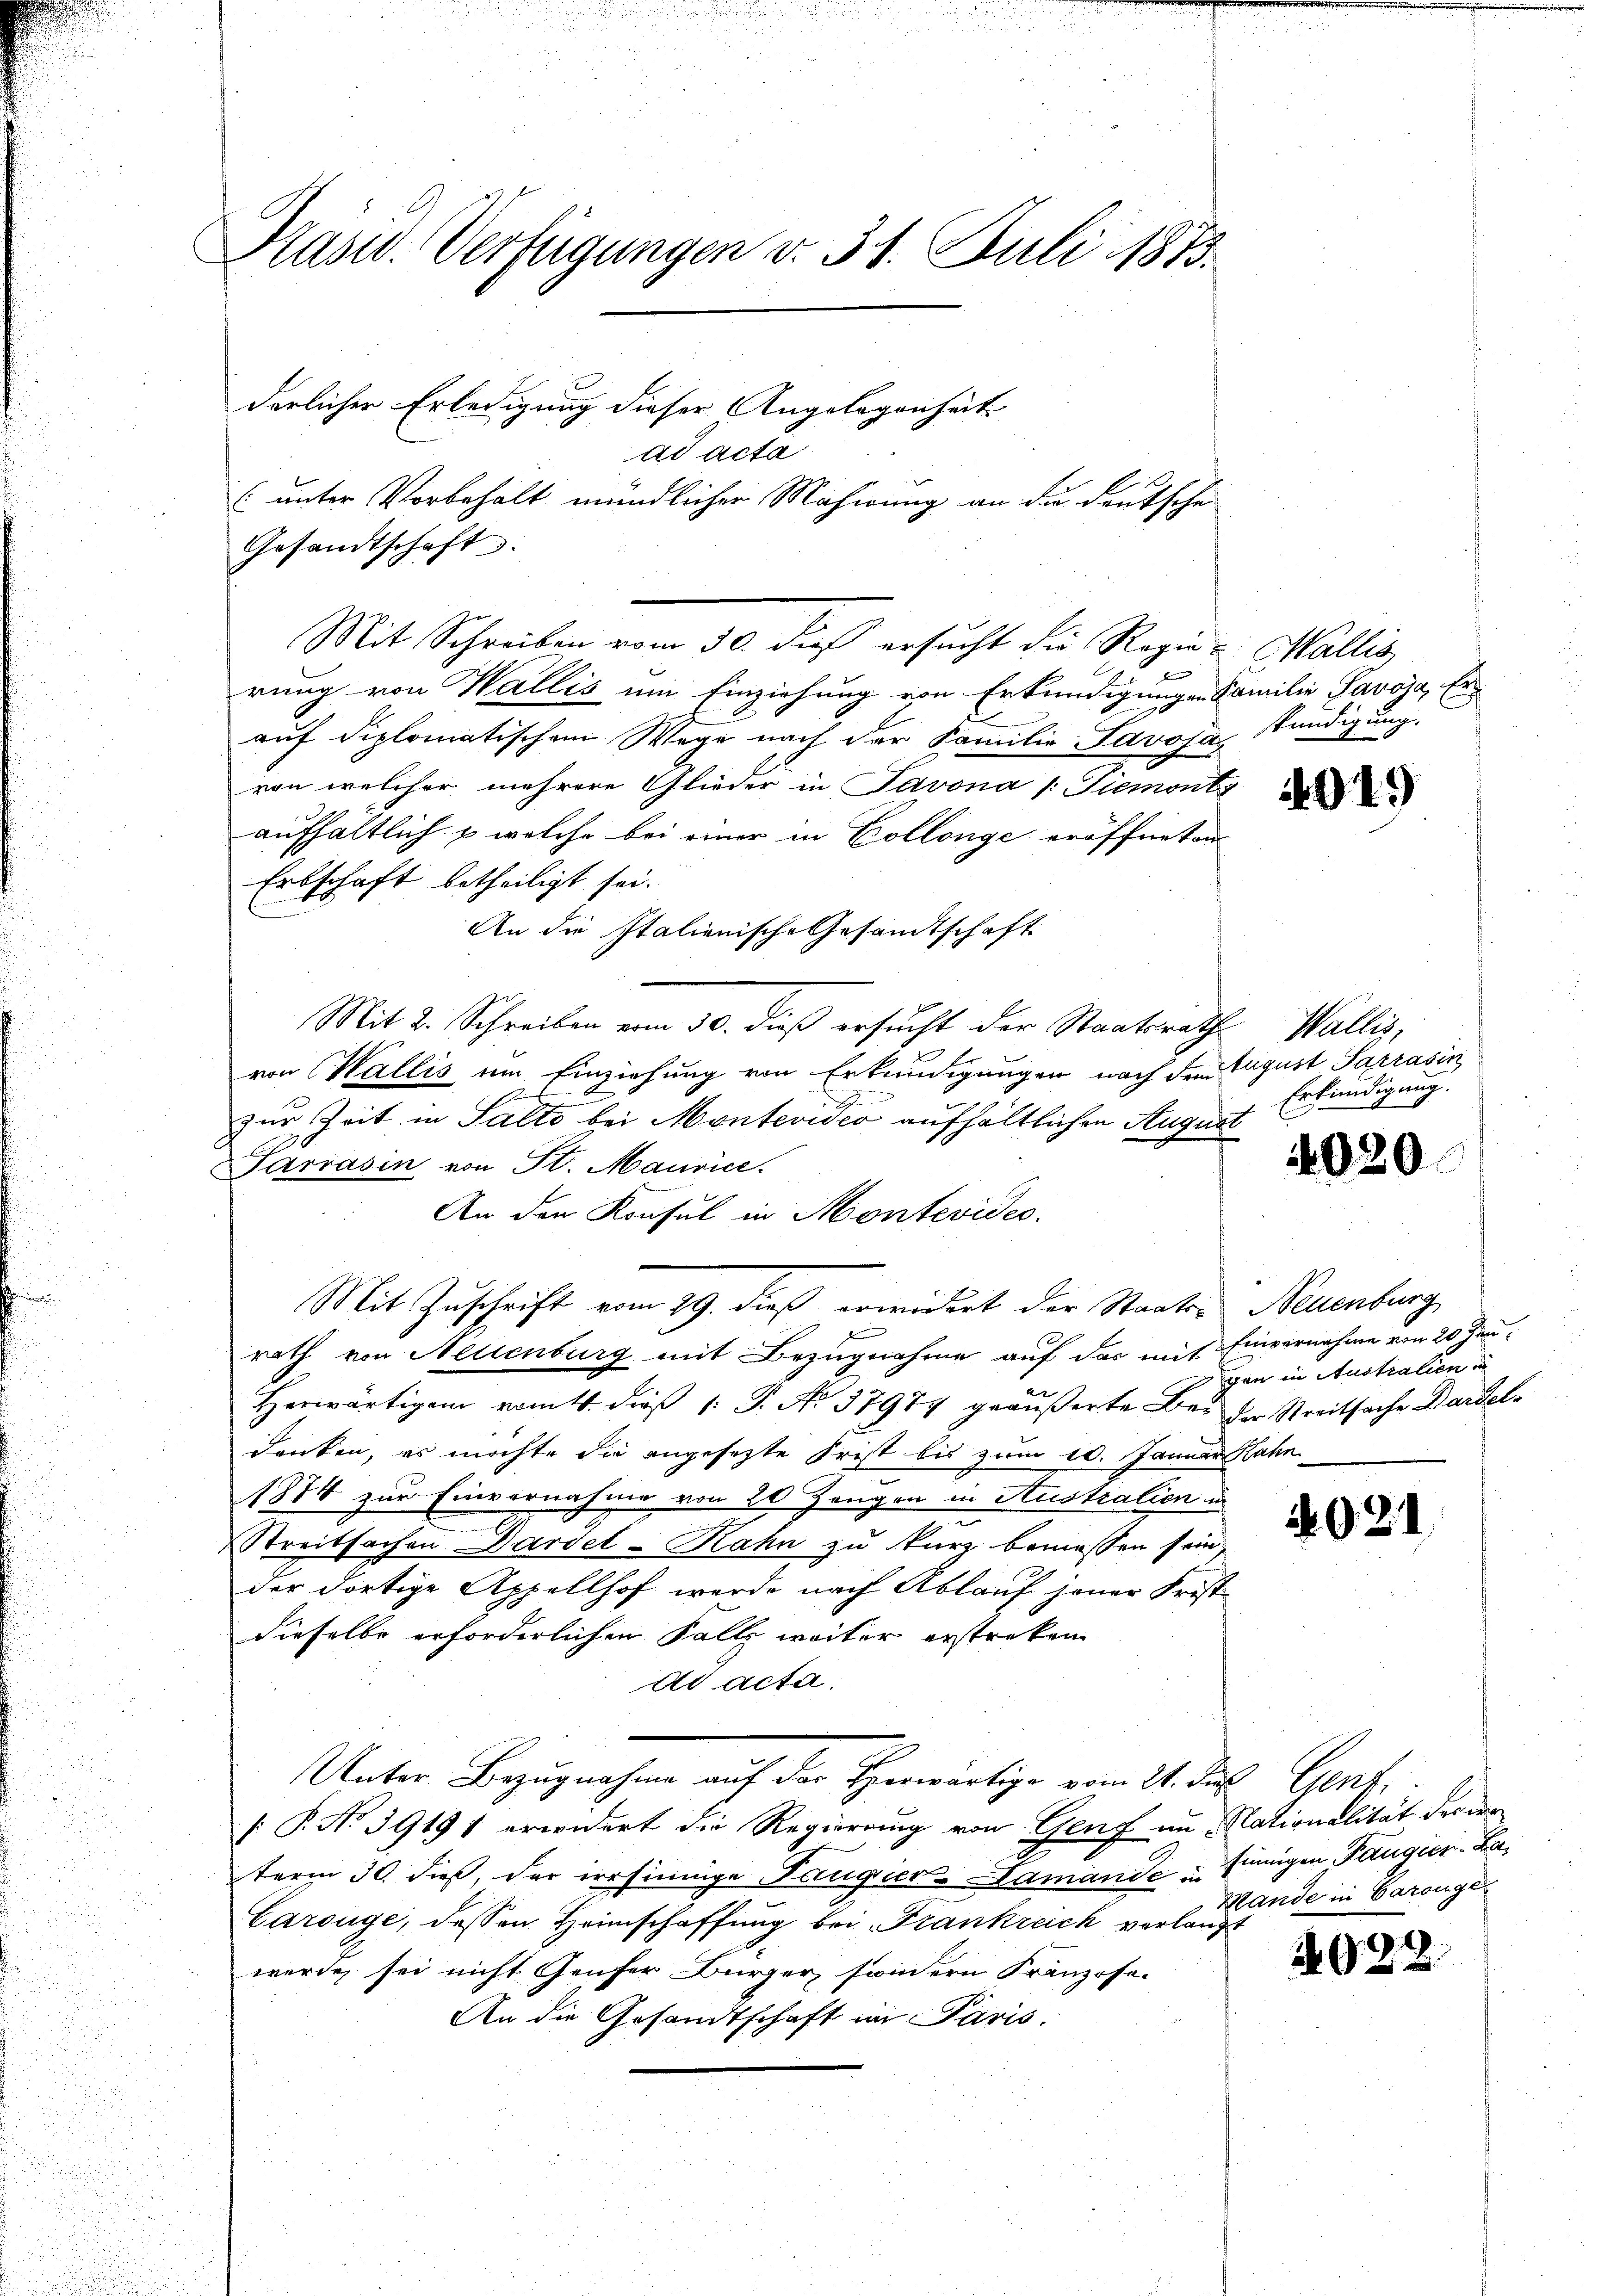
Präsid. Verfügungen v. 31. Juli 1873.

C

derlicher Erledigung dieser Angelegenheit
ad acta
(unter Vorbehalt mündlicher Mahirung an die deutsche
Gesandtschaft
Mit Schreiben vom 30. dies ersucht die Regen & Wallis
1
rung von Wallis um Einziehung von Erkundigungen Familie Savoja, Erauf diplomatischem Wege nach der Familie Savoja Kündigung.
von welcher mehrere Glieder in Javona /: Tiemont
aufhältlich u. welche bei einer in Collenge eröffneten
Erbschaft betheiligt sei.
An die Italienische Gesandtschaft
Mit 2. Schreiben vom 30. dieß ersucht der Staatsrathe
von Wallis um Einziehung von Erkundigungen nach dem August Sarrasin
d
zur Zeit in Salto bei Montevider aufhältlichen August
Parrasin von St. Maurice.
An den Konsul in Montevides.
Mit Zuschrift vom 29. dieß erwidert der Staats- Neuenburg,
rath von Neuenburg mit Bezugnahme auf das mit Einvernahme von 20 Jen¬
Herwärtigen vom 4. dieß 1: P. No. 37974 geäußerte Bei der Streitsache Dardeldanken, es möchte die angesezte Frist bis zum 10. Januar Rahn
1874 zur Einvernahme von 20 Zeugen in Hustralien un
Streitsachen Dardel-Nahn zu kurz bemessen sein,
der dortige Appellhof werde nach Ablauf jener Frist
dieselbe erforderlichen Falle weiter erstreken
dd acta.
Unter Bezugnahme auf der Herwärtige vom 21. Jul. Gent,
[ P. No 39191 erwidert die Regierung von Genf im Nationalität der er
term 30. dieß, der irrsinnige Taugier Damande u Einigen Pangier-Ba¬
Carouge, dessen Heimschaffung bei Frankreich verlangt
werde, sei nicht Genfer Bürger, sondern Franzose-
An die Gesandtschaft im Paris.

91.)

Wallis,
Erkundigung.

4020

gen in Australien

4021

Hande in Carouge

022.